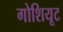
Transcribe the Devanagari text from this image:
गोशियूट